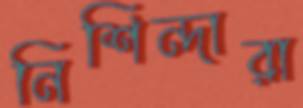
নিশিন্দারা